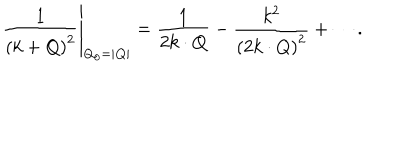
LaTeX: \left. \frac { 1 } { \left( k + Q \right) ^ { 2 } } \right| _ { Q _ { 0 } = | { \bf Q } | } = \frac { 1 } { 2 k \cdot Q } - \frac { k ^ { 2 } } { \left( 2 k \cdot Q \right) ^ { 2 } } + \cdots .